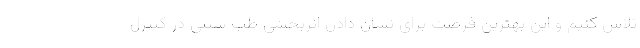
تلاش کنیم و این بهترین فرصت برای نشان دادن اثربخشی طب سنتی در کنترل